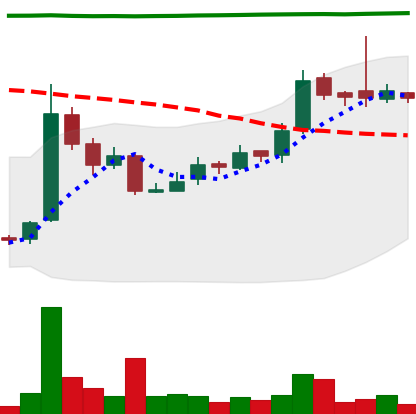
Ticker: LTC-USD
Chart end date: 2016-09-09
Forward return: -3.472%
Label: down_3_5